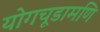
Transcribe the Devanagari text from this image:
योगचूडामणि